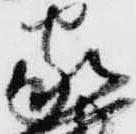
家